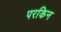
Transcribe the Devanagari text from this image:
परकिन